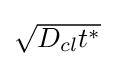
\textstyle {\sqrt {D_{cl}t^{*}}}